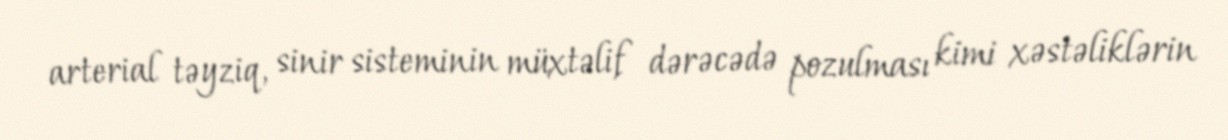
arterial təyziq, sinir sisteminin müxtəlif dərəcədə pozulması kimi xəstəliklərin